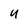
Character: y